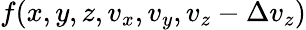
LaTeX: f(x,y,z,v_{x},v_{y},v_{z}-\Delta v_{z})